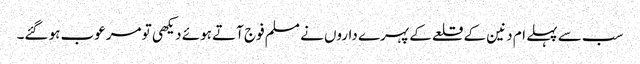
سب سے پہلے ام دنین کے قلعے کے پہرے داروں نے مسلم فوج آتے ہوئے دیکھی تو مرعوب ہو گئے۔